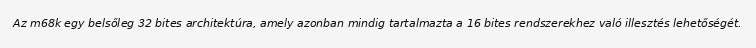
Az m68k egy belsőleg 32 bites architektúra, amely azonban mindig tartalmazta a 16 bites rendszerekhez való illesztés lehetőségét.